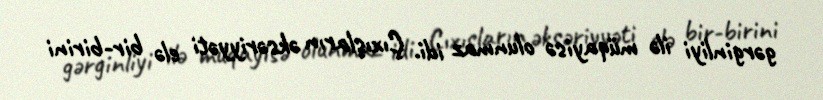
gərginliyi ilə müqayisə olunmaz idi. Çıxışların əksəriyyəti elə bir-birini